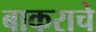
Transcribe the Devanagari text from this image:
बाकराचे